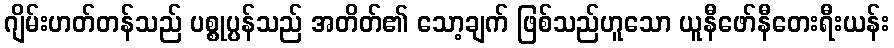
ဂျိမ်းဟတ်တန်သည် ပစ္စုပ္ပန်သည် အတိတ်၏ သော့ချက် ဖြစ်သည်ဟူသော ယူနီဖော်နီတေးရီးယန်း